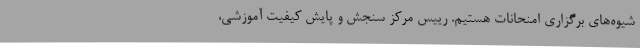
شیوه‌های برگزاری امنحانات هستیم. رییس مرکز سنجش و پایش کیفیت آموزشی،